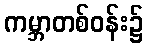
ကမ္ဘာတစ်ဝန်း၌